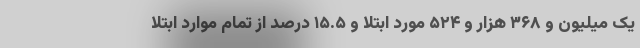
یک میلیون و ۳۶۸ هزار و ۵۲۴ مورد ابتلا و ۱۵.۵ درصد از تمام موارد ابتلا